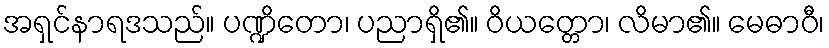
အရှင်နာရဒသည်။ ပဏ္ဍိတော၊ ပညာရှိ၏။ ဝိယတ္တော၊ လိမာ၏။ မေဓာဝီ၊